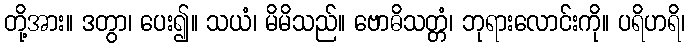
တို့အား။ ဒတွာ၊ ပေး၍။ သယံ၊ မိမိသည်။ ဗောဓိသတ္တံ၊ ဘုရားလောင်းကို။ ပရိဟရိ၊